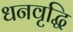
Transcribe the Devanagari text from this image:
धनवृद्धि